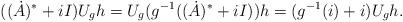
LaTeX: \begin{align*}((\dot A)^*+iI)U_gh=U_g(g^{-1}((\dot A)^* +iI))h=(g^{-1}(i)+i)U_gh.\end{align*}